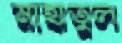
মাহাতুল